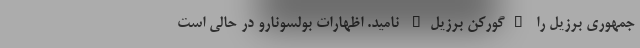
جمهوری برزیل را "گورکن برزیل" نامید. اظهارات بولسونارو در حالی است